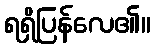
ရရှိပြန်လေ၏။